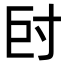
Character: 𡬡